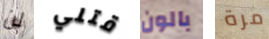
لن قتلي بالون مرة